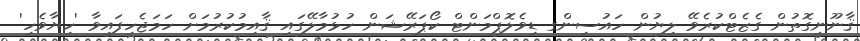
ޤާނޫނީގޮތުން ގެޒެޓްކުރެވޭ ލިޔުން ހައުސިންގ ޑިވެލޮޕްމަންޓް ކޯޕަރޭޝަން ހުޅުމާލޭގައި ޤާއިމުކުރުމަށް ހަމަޖެހިފައިވާ 'ހިޔާވެހި'